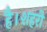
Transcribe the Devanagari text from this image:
है।शहरी